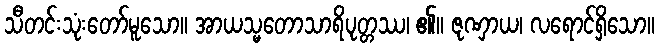
သီတင်းသုံးတော်မူသော။ အာယသ္မတောသာရိပုတ္တဿ၊ ၏။ ဇုဏှာယ၊ လရောင်ရှိသော။